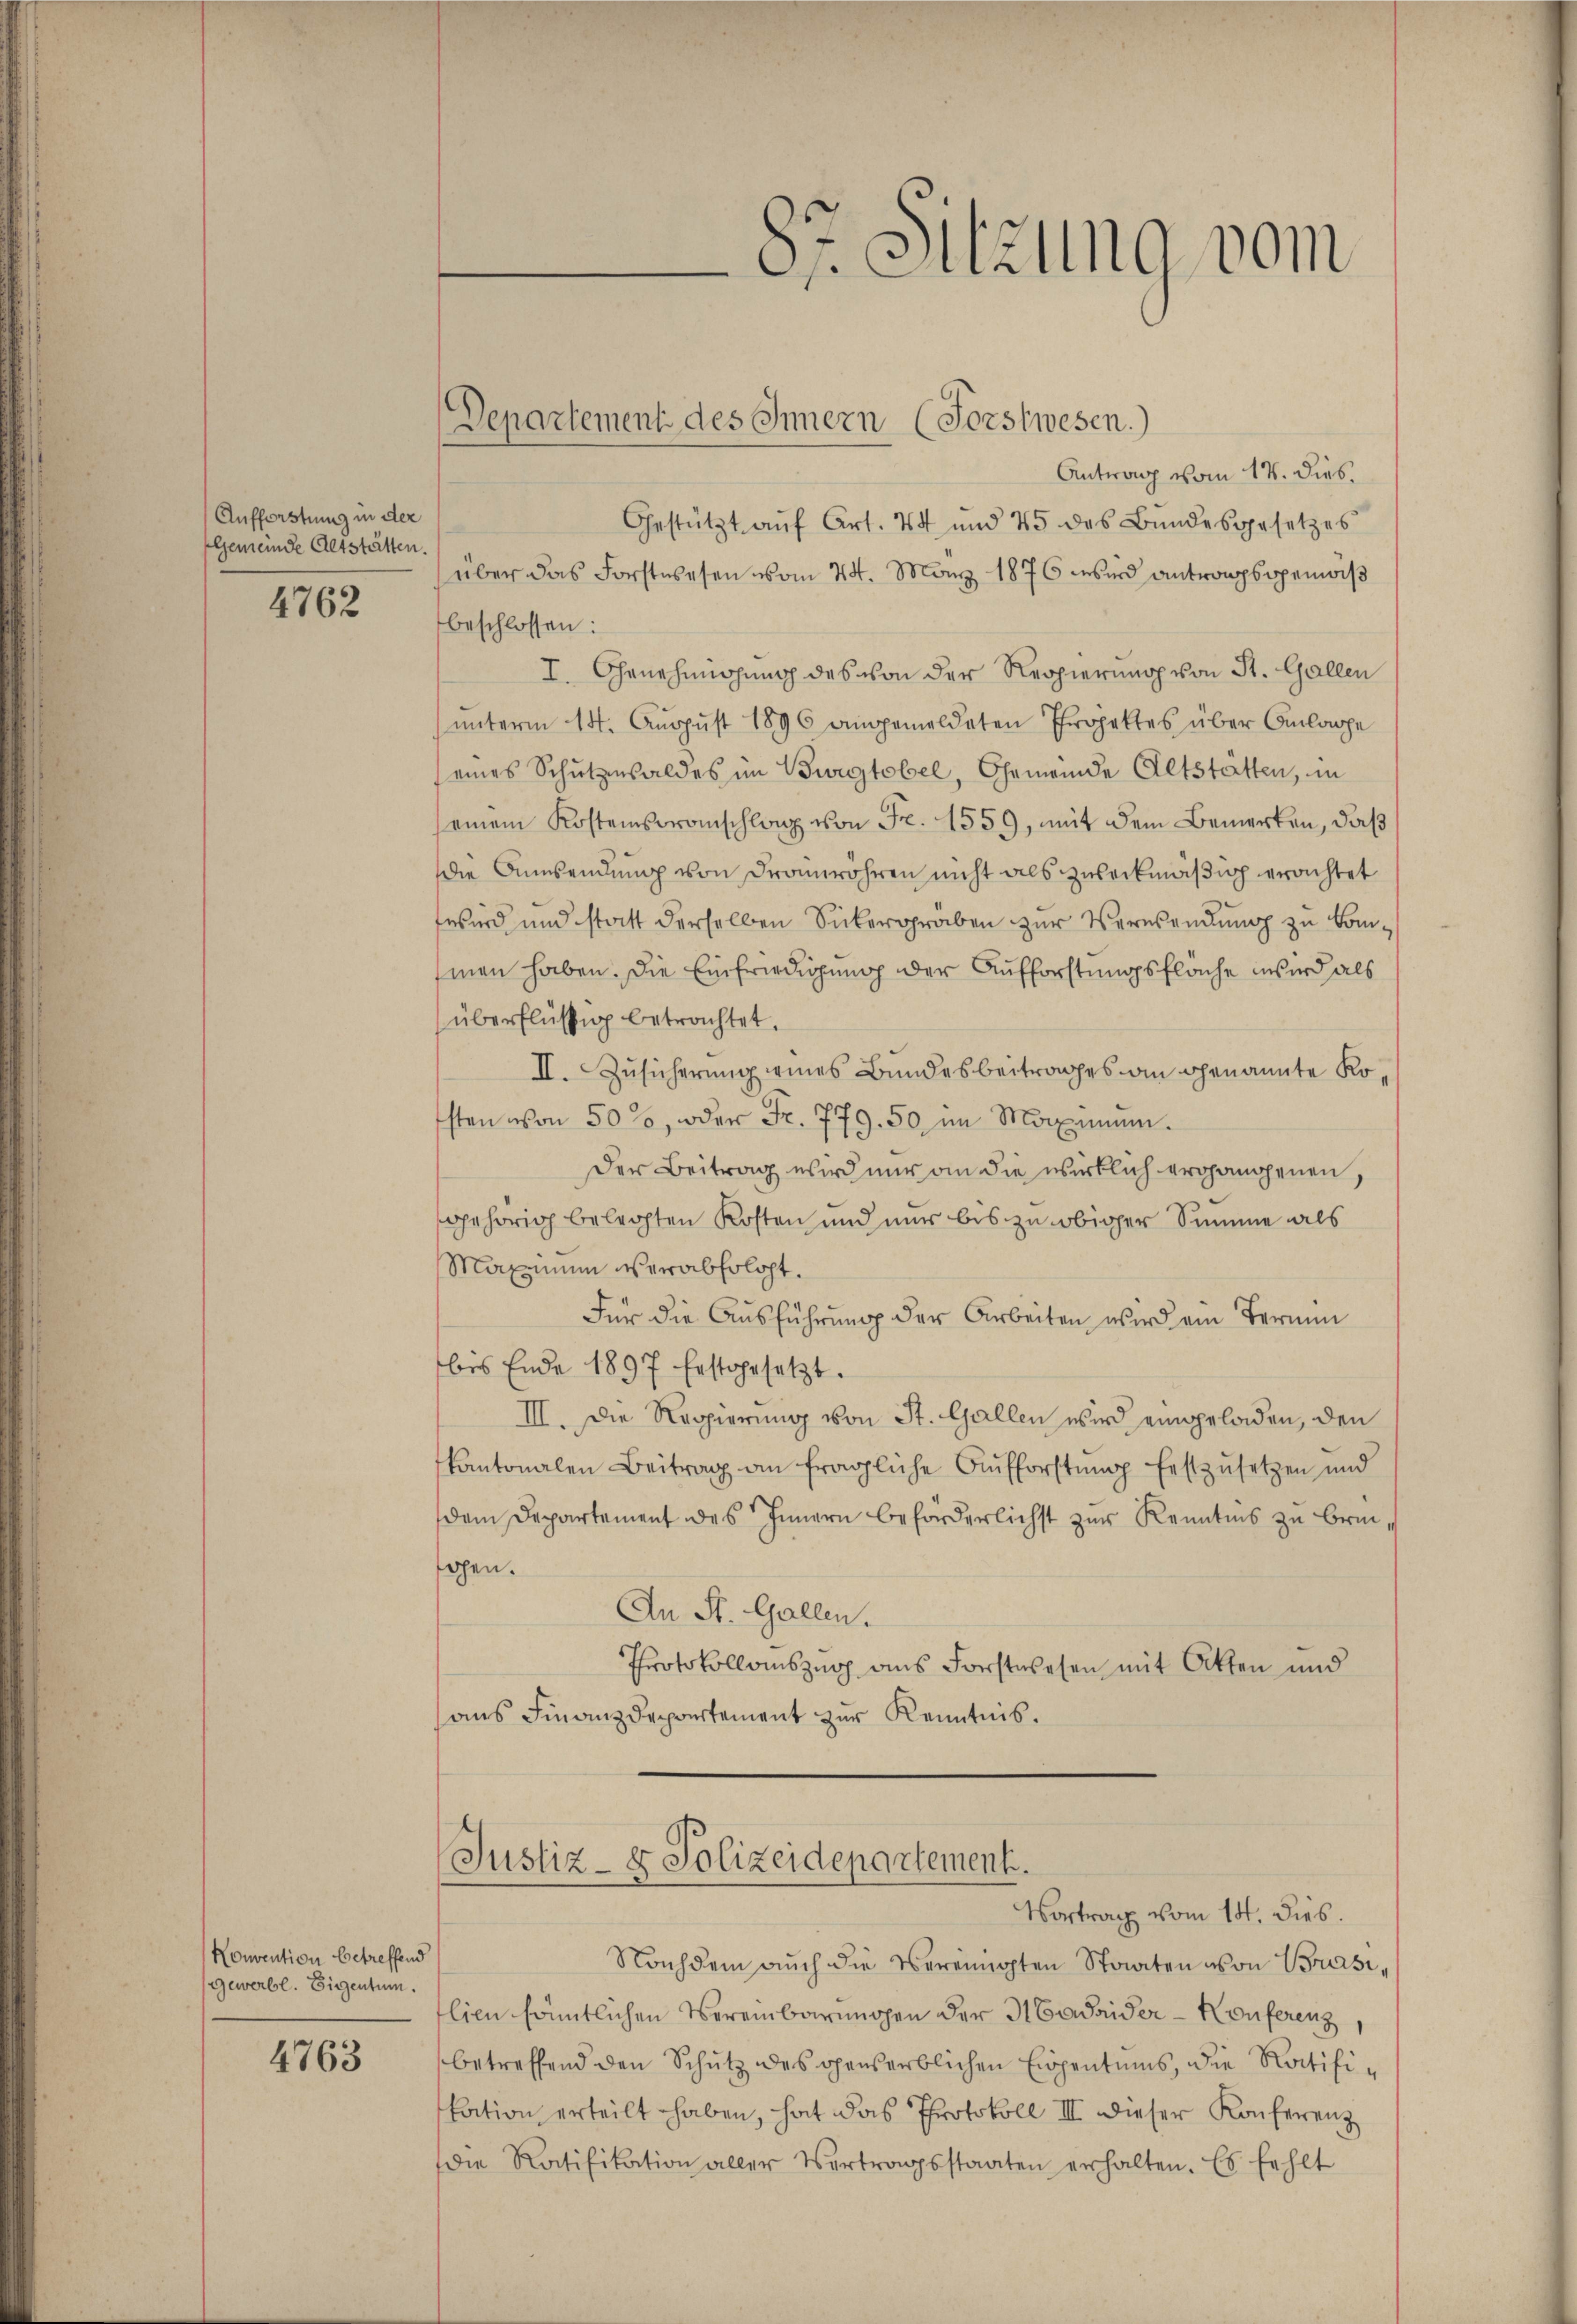
Aufforstung in der
Gemeinde Altstätten.

4762

Konvention betreffend
Gewerbl. Eigentum.

4763

Departement des Innern (Forstwesen.)

Antrag vom 14. dies
Gestützt aŭf Art. 44 und 45 des Bŭndesgesetzes
über das Forstwesen vom 24. März 1876 wird antrompsopenwiß
beschlossen:
I. Genehmigung des von der Regierung von St. Gallen
unterm 14. Aŭgŭst 1896 angemeldeten Projektes über Anlage
(eines Schutzensaldes im Burgtobel, Gemeinde Altstatten, in
seinem Kostensoranschlag von Fr. 1559, mit dem Bemerken, daß
die Anwendung von Dramwohren nicht als zweckmäßig erachtet
wird und statt derselben Sickergräben zur Verwendung zu kommen haben. Die Einfriedigung der Aufforstungsfläche wird als
überflüssig betrachtet.
II. Zusicherung eines Bundesbeitrages an genannte Kosten von 500, oder Fr. 779. 50 im Maximum.
Der Beitrag wird nur an die wirklich ergangenen,
gehörig belegten Kosten und nur bis zu obiger Summe als
Maximum verabfolgt.
Für die Ausführung der Arbeiten wird ein Termin
bis Ende 1897 Erstgesetzt.
III. Die Regierung von St. Gallen wird eingeladen, den
kantonalen Beitrag an fragliche Aufforstŭng festzŭsetzen und
dem Departement des Innern beförderlichst zur Kenntnis zu bringen.
An St. Gallen.
Protokollauszug aus Forstwesen mit Otten und
aus Finanzdepartement zur Kenntnis.

87. Sitzung vom

Justiz- & Polizeidepartement.
Vortrag vom 14. dies.

Nachdem auch die vereinigten Staaten von Brasilien sämtlichen Vereinbarungen der Madrider-Konferenz,
betreffend den Schutz des ohenserblichen Eigentums, die Ratifikation erteilt haben, hat das Protokoll III dieser Konferenz
die Ratifikation aller Vertragsstaaten erhalten. Es fehlt